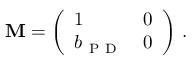
\mathbf { M } = \left( \begin{array} { l l } { 1 } & { 0 } \\ { b _ { \mathrm { ~ P ~ D ~ } } } & { 0 } \end{array} \right) \, .